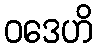
ဝဒေဟိ